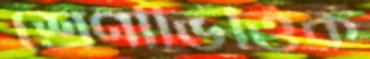
শ্রেণীভিত্তিক